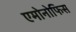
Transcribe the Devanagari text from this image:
एमोनोफिस